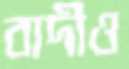
বাদীও